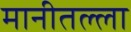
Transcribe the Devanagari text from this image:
मानीतल्ला